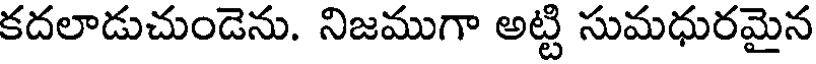
కదలాడుచుండెను. నిజముగా అట్టి సుమధురమైన